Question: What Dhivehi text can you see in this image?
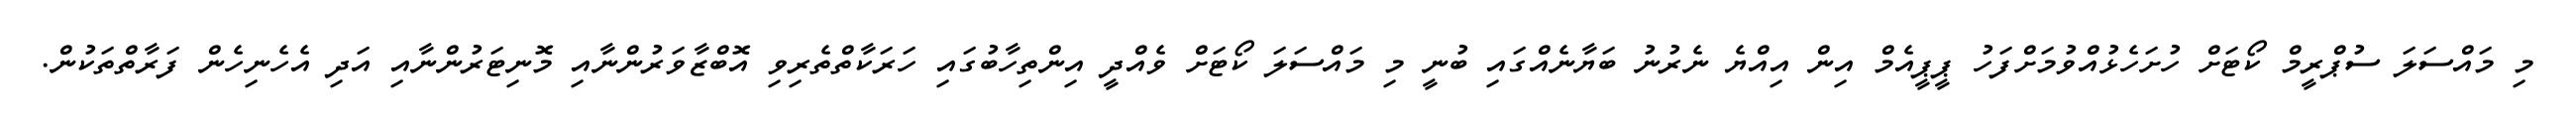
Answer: މި މައްސަލަ ސުޕްރީމް ކޯޓަށް ހުށަހެޅުއްވުމަށްފަހު ޕީޕީއެމް އިން އިއްޔެ ނެރުނު ބަޔާނެއްގައި ބުނީ މި މައްސަލަ ކޯޓަށް ވެއްދީ އިންތިހާބުގައި ހަރަކާތްތެރިވި އޮބްޒާވަރުންނާއި މޮނިޓަރުންނާއި އަދި އެހެނިހެން ފަރާތްތަކުން.